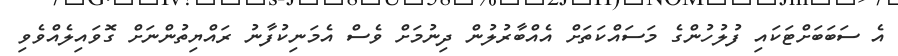
އެ ސަބަބަށްޓަކައި ފުލުހުންގެ މަސައްކަތަށް އެއްބާރުލުން ދިނުމަށް ވެސް އެމަނިކުފާނު ރައްޔިތުންނަށް ގޮވައިލެއްވެވި